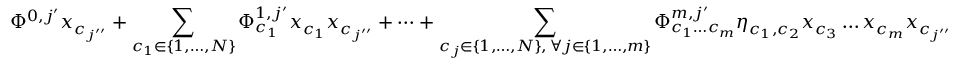
\Phi ^ { 0 , j ^ { \prime } } x _ { c _ { j ^ { \prime \prime } } } + \sum _ { \substack { c _ { 1 } \in \{ 1 , \dots , N \} } } \Phi _ { c _ { 1 } } ^ { 1 , j ^ { \prime } } x _ { c _ { 1 } } x _ { c _ { j ^ { \prime \prime } } } + \dots + \sum _ { \substack { c _ { j } \in \{ 1 , \dots , N \} , \, \forall j \in \{ 1 , \dots , m \} } } \Phi _ { c _ { 1 } \dots c _ { m } } ^ { m , j ^ { \prime } } \eta _ { c _ { 1 } , c _ { 2 } } x _ { c _ { 3 } } \dots x _ { c _ { m } } x _ { c _ { j ^ { \prime \prime } } }